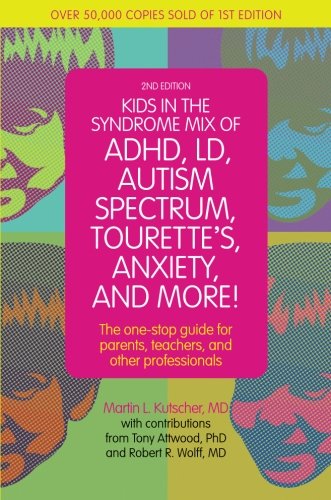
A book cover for Kids in the Syndrome Mix of ADHD, LD, Autism Spectrum, Tourette's, Anxiety, and More!: The one-stop guide for parents, teachers, and other professionals; Martin L. Kutscher; Health, Fitness & Dieting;